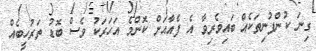
ގިނަ ކުންފުނިތަކެއް ބައިވެރިވާ އެ ފެއާއަށް ކޮންމެ އަހަރަކު ވެސް ބޮޑު ތަރުހީބެއް